Malaria in the Punjab - Number 46
Disease focus: Malaria
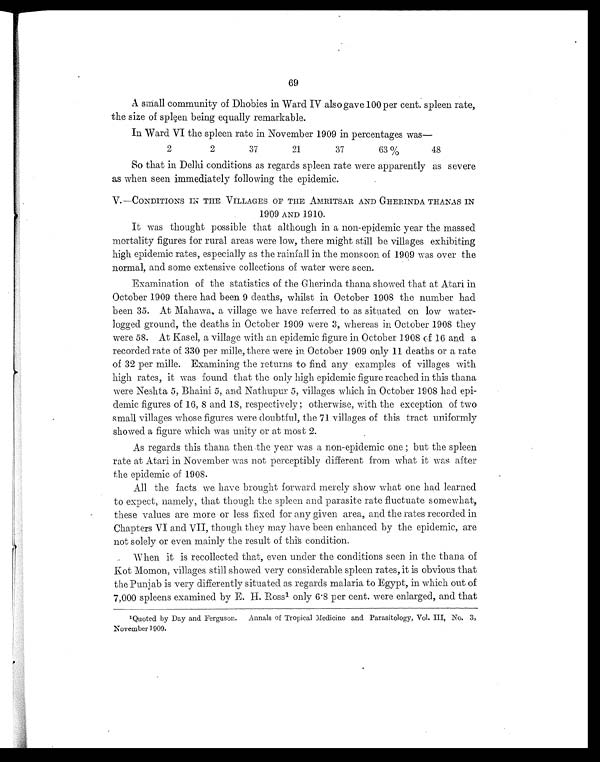
69
A small community of Dhobies in Ward IV also gave 100 per cent. spleen rate,
the size of spleen being equally remarkable.
In Ward VI the spleen rate in November 1909 in percentages was
—
2
2
37
21
37
63%
48
So that in Delhi conditions as regards spleen rate were apparently as severe
as when seen immediately following the epidemic.
V.—CONDITIONS IN THE VILLAGES OF THE AMRITSAR AND GHERINDA THANAS IN
1909 AND 1910.
It was thought possible that although in a non-epidemic year the massed
mortality figures for rural areas were low, there might still be villages exhibiting
high epidemic rates, especially as the rainfall in the monsoon of 1909 was over the
normal, and some extensive collections of water were seen.
Examination of the statistics of the Gherinda thana showed that at Atari in
October 1909 there had been 9 deaths, whilst in October 1908 the number had
been 35. At Mahawa, a village we have referred to as situated on low water-
logged ground, the deaths in October 1909 were 3, whereas in October 1908 they
were 58. At Kasel, a village with an epidemic figure in October 1908 of 16 and a
recorded rate of 330 per mille, there were in October 1909 only 11 deaths or a rate
of 32 per mille. Examining the returns to find any examples of villages with
high rates, it was found that the only high epidemic figure reached in this thana
were Neshta 5, Bhaini 5, and Nathupur 5, villages which in October 1908 had epi-
demic figures of 16, 8 and 18, respectively ; otherwise, with the exception of two
small villages whose figures were doubtful, the 71 villages of this tract uniformly
showed a figure which was unity or at most 2.
As regards this thana then the year was a non-epidemic one; but the spleen
rate at Atari in November was not perceptibly different from what it was after
the epidemic of 1908.
All the facts we have brought forward merely show what one had learned
to expect, namely, that though the spleen and parasite rate fluctuate somewhat,
these values are more or less fixed for any given area, and the rates recorded in
Chapters VI and VII, though they may have been enhanced by the epidemic, are
not solely or even mainly the result of this condition.
When it is recollected that, even under the conditions seen in the thana of
Kot Momon, villages still showed very considerable spleen rates, it is obvious that
the Punjab is very differently situated as regards malaria to Egypt, in which out of
7,000 spleens examined by E. H. Ross1 only 6.8 per cent. were enlarged, and that
1 Quoted by Day and Ferguson. Annals of Tropical Medicine and Parasitology, Vol. III, No. 3,
November 1909.